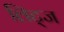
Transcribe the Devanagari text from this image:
लिट्ज